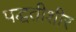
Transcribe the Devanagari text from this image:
पद्धतीशीर